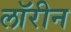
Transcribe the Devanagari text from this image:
लॉरीन